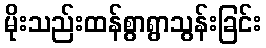
မိုးသည်းထန်စွာရွာသွန်းခြင်း